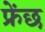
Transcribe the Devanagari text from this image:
फ्रेंछ